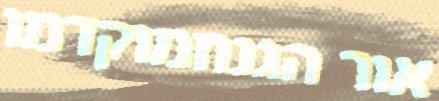
אור הגנוזמוקדמו